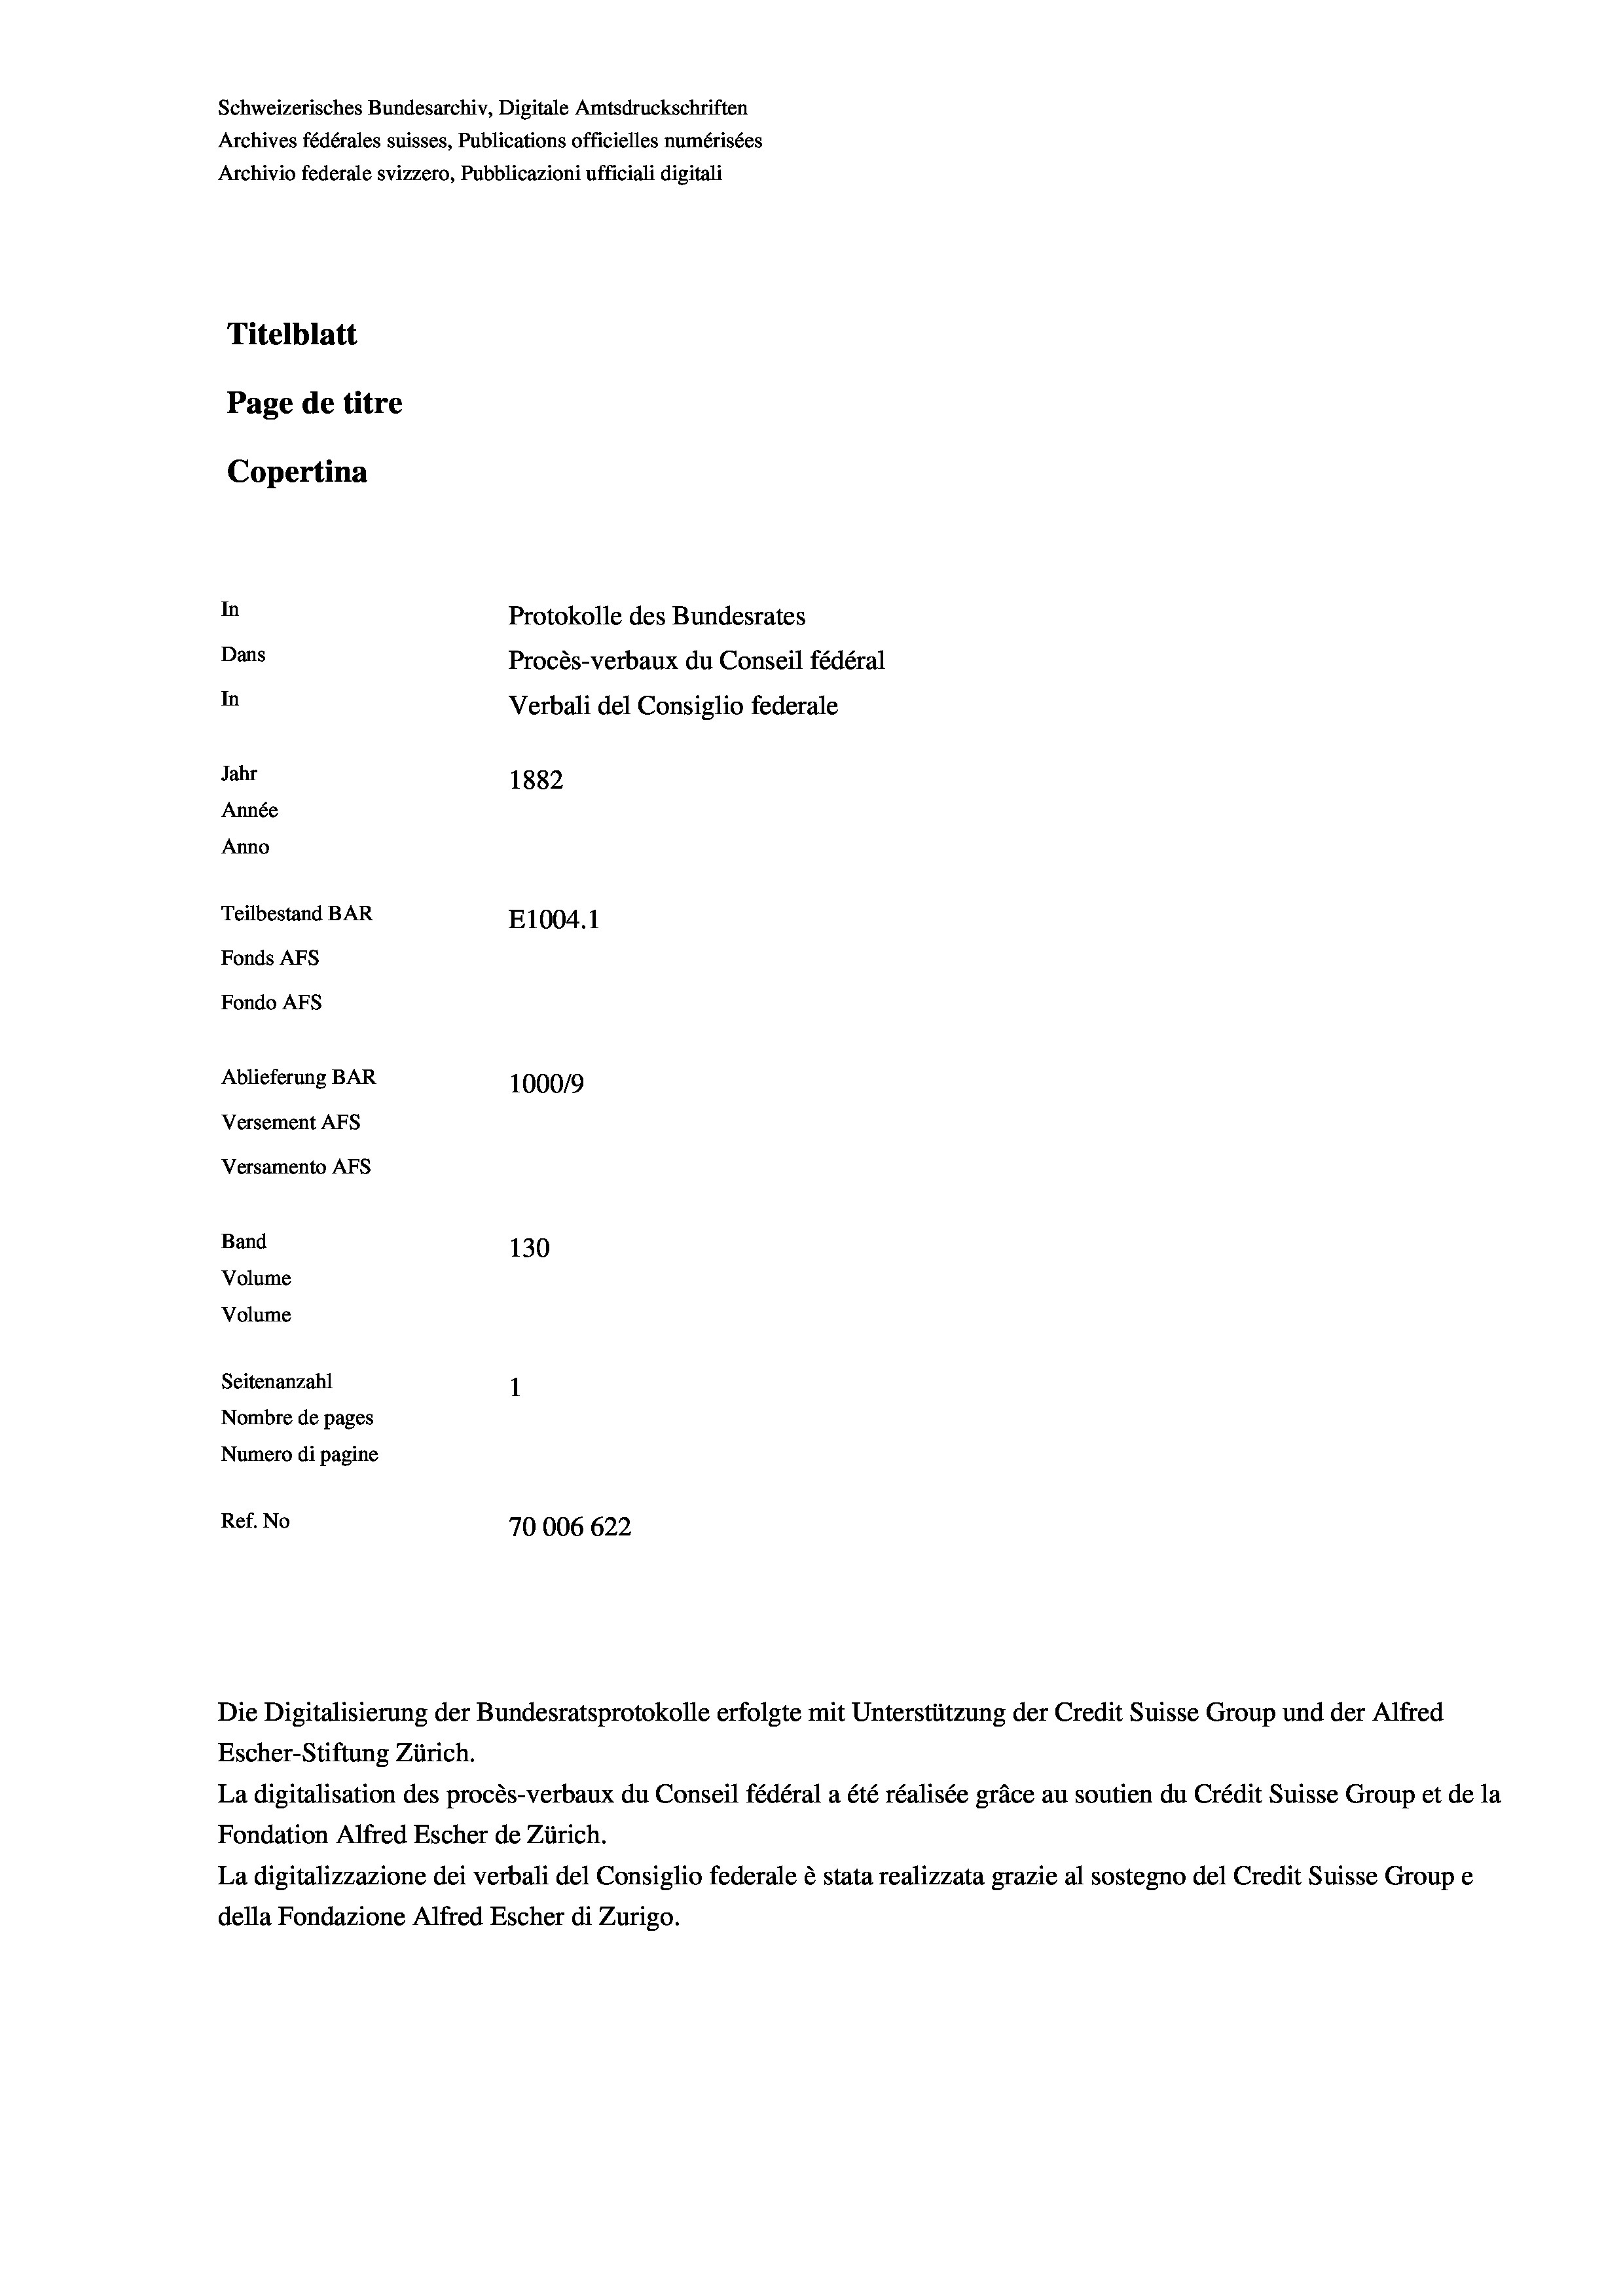
Schweizerisches Bundesarchiv, Digitale Amtsdruckschriften
Archives fédérales suisses, Publications officielles numérisées
Archivio federale svizzero, Pubblicazioni ufficiali digitali
Titelblatt
Page de titre
Copertina

In
Protokolle des Bundesrates
Dans
Procès-verbaux du Conseil fédéral
In
Verbali del Consiglio federale
Jahr
1882
Année
Anno
Teilbestand BAR
E1004.1
Fonds Afs
Fondo AFs
Ablieferung BAR
100019
Versement AFS
Versamento AFs
Band
130
Volume
Volume

Seitenanzahl
Nombre de pages
Numero di pagine
Ref. No
70006 622

Die Digitalisierung der Bundesratsprotokolle erfolgte mit Unterstützung der Credit Suisse Group und der Alfred
Escher-Stiftung Zürich.
La digitalisation des procès-verbaux du Conseil fédéral a été réalisée gräce au soutien du Crédit Suisse Group et de la
Fondation Alfred Escher de Zürich.
La digitalizzazione dei verbali del Consiglio federale è stata realizzata grazie al sostegno del Credit Suisse Groupe
della Fondazione Alfred Escher di Zurigo.